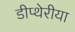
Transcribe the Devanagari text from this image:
डीप्थेरीया